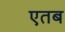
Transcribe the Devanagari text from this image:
एतब